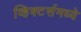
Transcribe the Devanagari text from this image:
व्हिक्टर्समध्ये